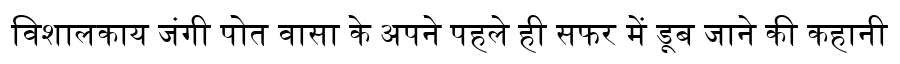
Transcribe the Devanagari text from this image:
विशालकाय जंगी पोत वासा के अपने पहले ही सफर में डूब जाने की कहानी